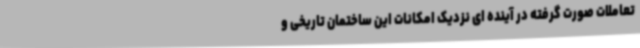
تعاملات صورت گرفته در آینده ای نزدیک امکانات این ساختمان تاریخی و